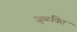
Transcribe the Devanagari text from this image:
जुळवित